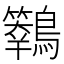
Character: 𪇙